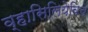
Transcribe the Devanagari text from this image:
व्हासिलियेविच